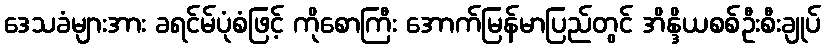
ဒေသခံများအား ခရင်မ်ပုံစံဖြင့် ကိုစောကြီး အောက်မြန်မာပြည်တွင် အိန္ဒိယစစ်ဦးစီးချုပ်